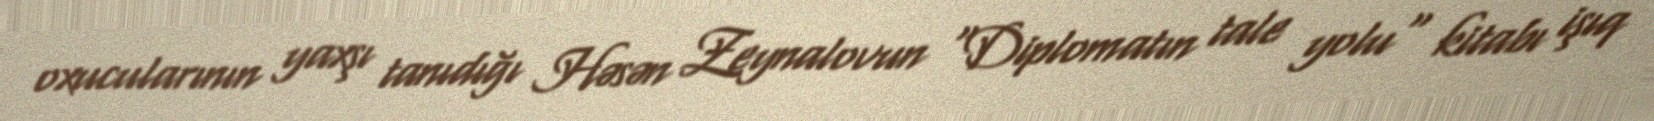
oxucularının yaxşı tanıdığı Həsən Zeynalovun "Diplomatın tale yolu" kitabı işıq